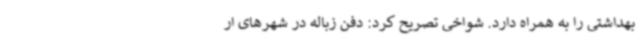
بهداشتی را به همراه دارد. شواخی تصریح کرد: دفن زباله در شهرهای ار